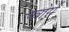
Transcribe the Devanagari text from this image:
य्वोर्ग